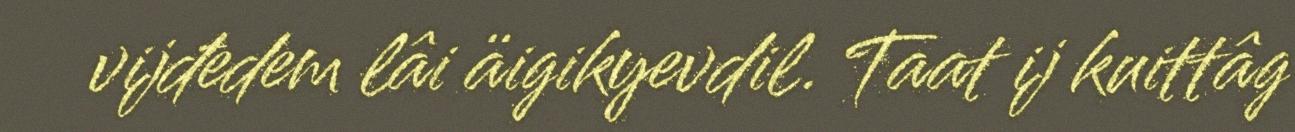
vijđedem lâi äigikyevdil. Taat ij kuittâg